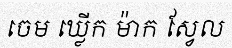
ចេម ឃ្លើក ម៉ាក ស្វែល